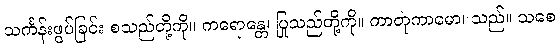
သင်္ကန်းဖွပ်ခြင်း စသည်တို့ကို။ ကရောန္တေ၊ ပြုသည်တို့ကို။ ကာတုကာမော၊ သည်။ သစေ